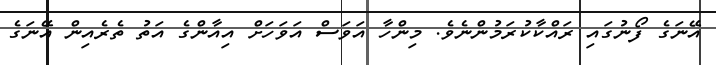
އޭނަގެ ފޯނުގައި ރައްކާކުރަމުންނެވެ. މިންހާ އަވަސް އަވަހަށް އިއާންގެ އަތު ތެރެއިން އޭނަގެ